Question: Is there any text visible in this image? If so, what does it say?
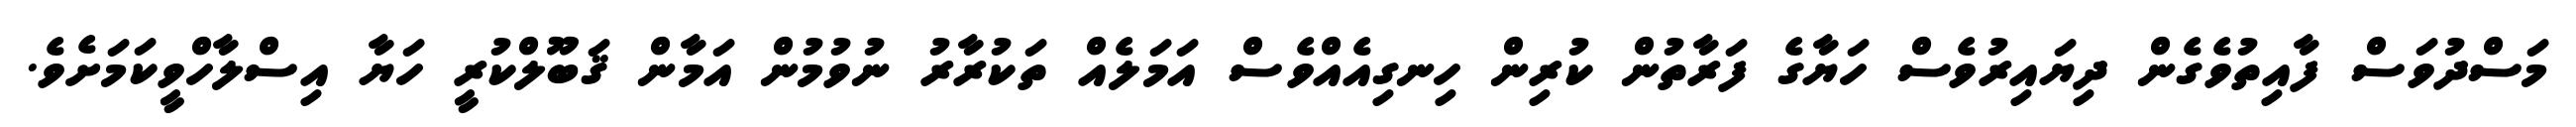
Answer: މަސްދުވަސް ފާއިތުވެގެން ދިޔައިރުވެސް ހަޔާގެ ފަރާތުން ކުރިން ހިނގިއެއްވެސް އަމަލެއް ތަކުރާރު ނުވުމުން އަމާން ޤަބޫލްކުރީ ހަޔާ އިސްލާހްވީކަމަށެވެ.